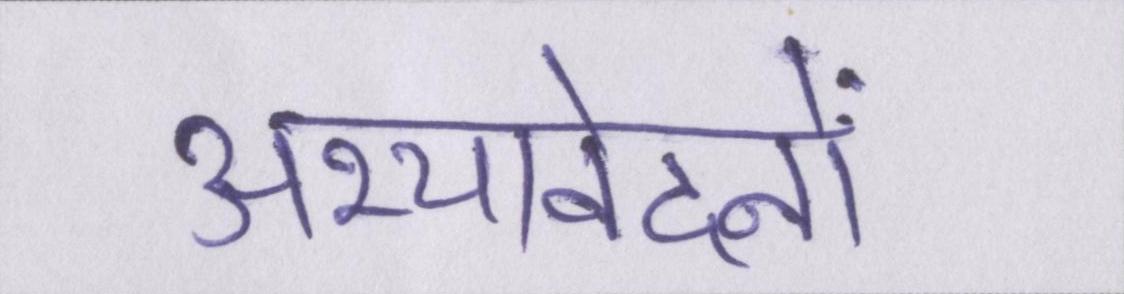
अभ्यावेदनों